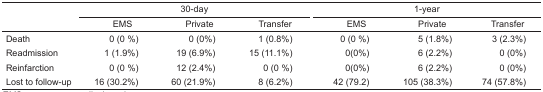
| <ROWSPAN=3>  | <COLSPAN=3> 30-day | <COLSPAN=3> 1-year |
 | EMS | Private | Transfer | EMS | Private | Transfer |
 | --- | --- | --- | --- | --- | --- | --- |
 | Death | 0 (0 %) | 0 (0%) | 1 (0.8%) | 0 (0 %) | 5 (1.8%) | 3 (2.3%) |
 | Readmission | 1 (1.9%) | 19 (6.9%) | 15 (11.1%) | 0(0%) | 6 (2.2%) | 0 (0%) |
 | Reinfarction | 0 (0 %) | 12 (2.4%) | 0 (0 %) | 0(0%) | 6 (2.2%) | 0 (0%) |
 | Lost to follow-up | 16 (30.2%) | 60 (21.9%) | 8 (6.2%) | 42 (79.2) | 105 (38.3%) | 74 (57.8%) |